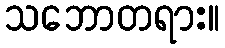
သဘောတရား။